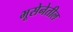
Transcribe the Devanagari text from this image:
भूसेनेतील